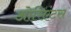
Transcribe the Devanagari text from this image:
ओरिएंटस